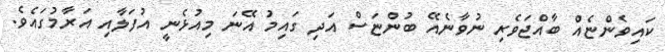
ކައިވެންޏެއް ބާއްޖަވެރި ނުވާނެއޭ ބުންޏަސް އަދި ގައިމު އޭނަ މިއުޅެނީ އުފަލާއި އަރާމުގައެވެ.